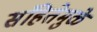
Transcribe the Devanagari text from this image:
संहितेमुळे